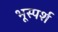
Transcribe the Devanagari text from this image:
भूस्पर्श